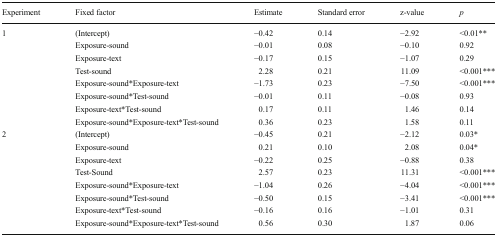
<table><thead><tr><td><b>Experiment</b></td><td><b>Fixed factor</b></td><td><b>Estimate</b></td><td><b>Standard error</b></td><td><b>z-value</b></td><td><b><i>p</i></b></td></tr></thead><tbody><tr><td rowspan="8">1</td><td>(Intercept)</td><td>−0.42</td><td>0.14</td><td>−2.92</td><td>&lt;0.01**</td></tr><tr><td>Exposure-sound</td><td>−0.01</td><td>0.08</td><td>−0.10</td><td>0.92</td></tr><tr><td>Exposure-text</td><td>−0.17</td><td>0.15</td><td>−1.07</td><td>0.29</td></tr><tr><td>Test-sound</td><td>2.28</td><td>0.21</td><td>11.09</td><td>&lt;0.001***</td></tr><tr><td>Exposure-sound*Exposure-text</td><td>−1.73</td><td>0.23</td><td>−7.50</td><td>&lt;0.001***</td></tr><tr><td>Exposure-sound*Test-sound</td><td>−0.01</td><td>0.11</td><td>−0.08</td><td>0.93</td></tr><tr><td>Exposure-text*Test-sound</td><td>0.17</td><td>0.11</td><td>1.46</td><td>0.14</td></tr><tr><td>Exposure-sound*Exposure-text*Test-sound</td><td>0.36</td><td>0.23</td><td>1.58</td><td>0.11</td></tr><tr><td rowspan="8">2</td><td>(Intercept)</td><td>−0.45</td><td>0.21</td><td>−2.12</td><td>0.03*</td></tr><tr><td>Exposure-sound</td><td>0.21</td><td>0.10</td><td>2.08</td><td>0.04*</td></tr><tr><td>Exposure-text</td><td>−0.22</td><td>0.25</td><td>−0.88</td><td>0.38</td></tr><tr><td>Test-Sound</td><td>2.57</td><td>0.23</td><td>11.31</td><td>&lt;0.001***</td></tr><tr><td>Exposure-sound*Exposure-text</td><td>−1.04</td><td>0.26</td><td>−4.04</td><td>&lt;0.001***</td></tr><tr><td>Exposure-sound*Test-sound</td><td>−0.50</td><td>0.15</td><td>−3.41</td><td>&lt;0.001***</td></tr><tr><td>Exposure-text*Test-sound</td><td>−0.16</td><td>0.16</td><td>−1.01</td><td>0.31</td></tr><tr><td>Exposure-sound*Exposure-text*Test-sound</td><td>0.56</td><td>0.30</td><td>1.87</td><td>0.06</td></tr></tbody></table>